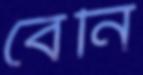
বেনি